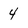
Character: 4